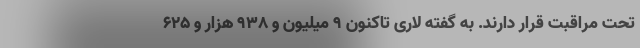
تحت مراقبت قرار دارند. به گفته لاری تاکنون ۹ میلیون و ۹۳۸ هزار و ۶۲۵